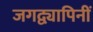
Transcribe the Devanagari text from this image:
जगद्व्यापिनीं